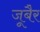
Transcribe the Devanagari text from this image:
जूबैर